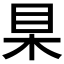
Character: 𣐥